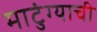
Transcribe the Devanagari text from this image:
माटुंग्याची